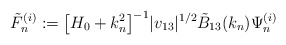
\begin{align*} \tilde F^{(i)}_n := \bigl[ H_0 + k_n^2\bigr]^{-1} |v_{13}|^{1/2}\tilde B_{13}(k_n) \Psi^{(i)}_n \end{align*}